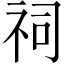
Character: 祠